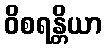
ဝိစရန္တိယာ